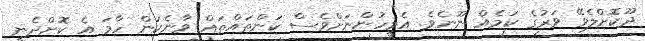
ދޫކޮށްލެވޭ ވަރުގެ ކަމެއް ނޫނެވެ. އެމީހުންނަށްވެސް ކަންތައްތައް ވާނެކަން ހާމަ އެ ކޮށްދެނީ